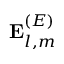
\mathbf { E } _ { l , m } ^ { ( E ) }